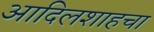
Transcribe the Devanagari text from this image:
आदिलशाहचा